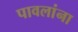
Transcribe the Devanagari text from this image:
पावलांना